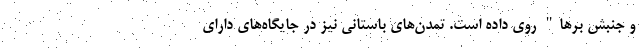
و جنبش برها" روی داده است. تمدن‌های باستانی نیز در جایگاه‌های دارای